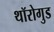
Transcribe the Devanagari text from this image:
थॉरोगुड